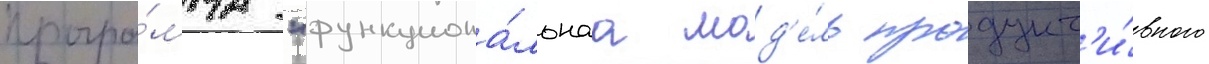
програ́мма "функциона́льнаа мод'е́ль продукт'и́вного